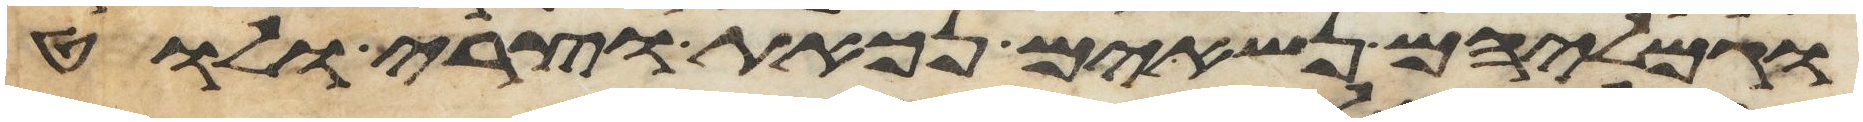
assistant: וגמליהם נשאים נכאת וצרי ולוט